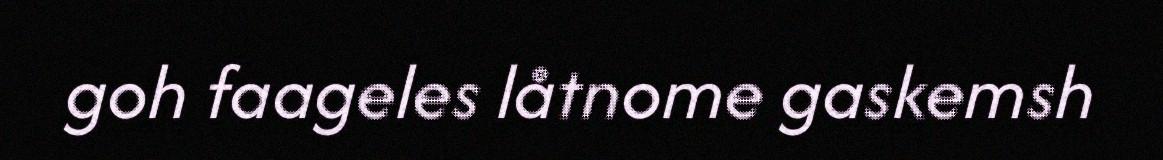
goh faageles låtnome gaskemsh